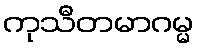
ကုသီတမာဂမ္မ